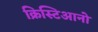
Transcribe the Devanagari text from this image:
क्रिस्टिआनो